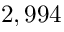
2 , 9 9 4